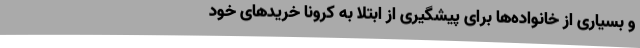
و بسیاری از خانواده‌ها برای پیشگیری از ابتلا به کرونا خریدهای خود